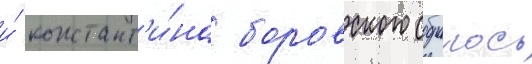
и́ констант'и́на боровского собралось